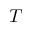
T